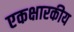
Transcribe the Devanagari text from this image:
एकक्षारकीय